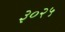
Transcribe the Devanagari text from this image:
३०२५